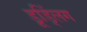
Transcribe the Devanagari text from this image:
डूड्लिंग